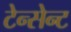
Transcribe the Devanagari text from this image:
टेन्सेन्ट